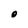
Character: 0